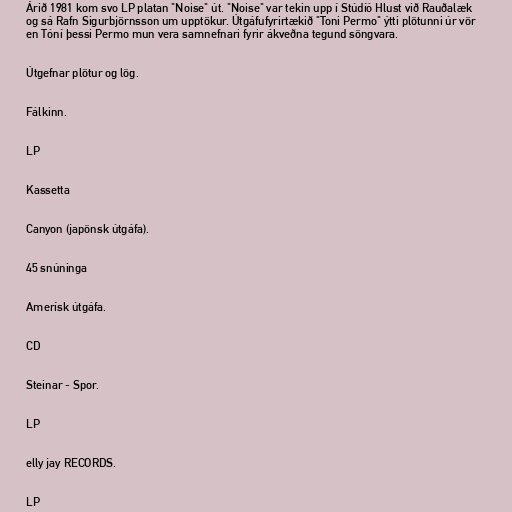
Árið 1981 kom svo LP platan "Noise" út. "Noise" var tekin upp í Stúdíó Hlust við Rauðalæk
og sá Rafn Sigurbjörnsson um upptökur. Útgáfufyrirtækið "Toni Permo" ýtti plötunni úr vör
en Tóní þessi Permo mun vera samnefnari fyrir ákveðna tegund söngvara.

Útgefnar plötur og lög.

Fálkinn.

LP

Kassetta

Canyon (japönsk útgáfa).

45 snúninga

Amerísk útgáfa.

CD

Steinar - Spor.

LP

elly jay RECORDS.

LP